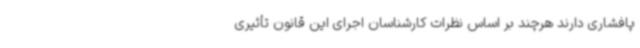
پافشاری دارند هرچند بر اساس نظرات کارشناسان اجرای این قانون تأثیری